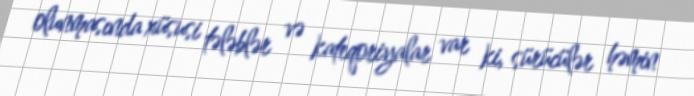
olunmasında xüsusi tələblər və kateqoriyalar var ki, sürücülər həmin